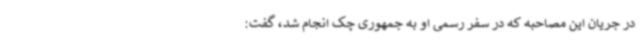
در جریان این مصاحبه که در سفر رسمی او به جمهوری چک انجام شد، گفت: